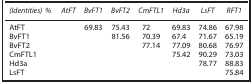
<table><thead><tr><td><b><i>(Identities) %</i></b></td><td><b><i>AtFT</i></b></td><td><b><i>BvFT1</i></b></td><td><b><i>BvFT2</i></b></td><td><b><i>CmFTL1</i></b></td><td><b><i>Hd3a</i></b></td><td><b><i>LsFT</i></b></td><td><b><i>RFT1</i></b></td></tr></thead><tbody><tr><td>AtFT</td><td></td><td>69.83</td><td>75.43</td><td>72</td><td>69.83</td><td>74.86</td><td>67.98</td></tr><tr><td>BvFT1</td><td></td><td></td><td>81.56</td><td>70.39</td><td>67.4</td><td>71.67</td><td>65.19</td></tr><tr><td>BvFT2</td><td></td><td></td><td></td><td>77.14</td><td>77.09</td><td>80.68</td><td>76.97</td></tr><tr><td>CmFTL1</td><td></td><td></td><td></td><td></td><td>75.42</td><td>90.29</td><td>73.03</td></tr><tr><td>Hd3a</td><td></td><td></td><td></td><td></td><td></td><td>78.77</td><td>88.83</td></tr><tr><td>LsFT</td><td></td><td></td><td></td><td></td><td></td><td></td><td>75.84</td></tr></tbody></table>